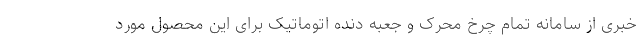
خبری از سامانه تمام چرخ محرک و جعبه دنده اتوماتیک برای این محصول مورد